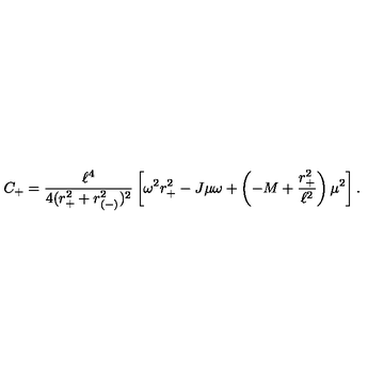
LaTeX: C _ { + } = { \frac { \ell ^ { 4 } } { 4 ( r _ { + } ^ { 2 } + r _ { ( - ) } ^ { 2 } ) ^ { 2 } } } \left[ \omega ^ { 2 } r _ { + } ^ { 2 } - J \mu \omega + \left( - M + { \frac { r _ { + } ^ { 2 } } { \ell ^ { 2 } } } \right) \mu ^ { 2 } \right] .